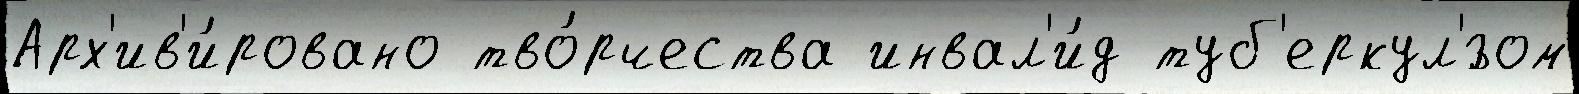
Арх'ив'и́ровано тво́рчества инвал'и́д туб'еркул'́зом